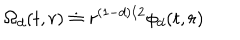
\Omega _ { d } ( t , r ) \doteq r ^ { ( 1 - d ) / 2 } \phi _ { d } ( t , r )